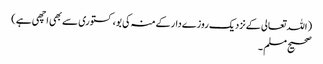
( اللہ تعالی کےنزدیک روزےدارکےمنہ کی بو، کستوری سےبھی اچھی ہے )
صحیح مسلم ۔